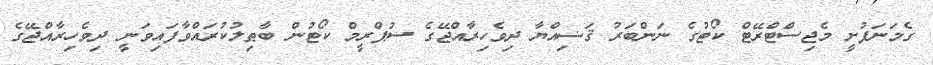
ގެމަނަފުށީ މެޖިސްޓްރޭޓް ކޯޓުގެ ނަންބަރު ޤަޟިއްޔާ ދިވެހިރާއްޖޭގެ ސުޕްރީމް ކޯޓުން ބާޠިލުކުރައްވާފައިވަނީ ދިވެހިރާއްޖޭގެ